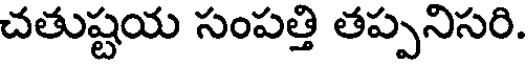
చతుష్టయ సంపత్తి తప్పనిసరి.